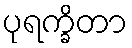
ပုရက္ခိတာ